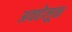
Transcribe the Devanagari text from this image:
अवहेलून